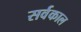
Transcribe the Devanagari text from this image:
सर्वकाल